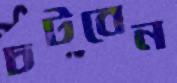
চটবেন